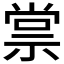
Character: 𬓂